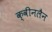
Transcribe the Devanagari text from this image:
क्वीनलैन